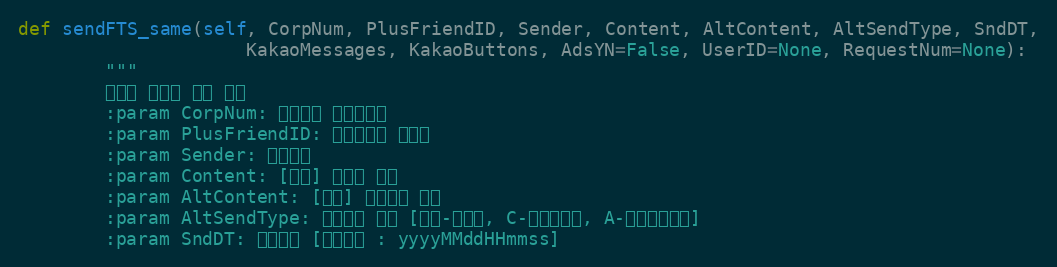
Language: Python
def sendFTS_same(self, CorpNum, PlusFriendID, Sender, Content, AltContent, AltSendType, SndDT,
                     KakaoMessages, KakaoButtons, AdsYN=False, UserID=None, RequestNum=None):
        """
        친구톡 텍스트 대량 전송
        :param CorpNum: 팝빌회원 사업자번호
        :param PlusFriendID: 플러스친구 아이디
        :param Sender: 발신번호
        :param Content: [동보] 친구톡 내용
        :param AltContent: [동보] 대체문자 내용
        :param AltSendType: 대체문자 유형 [공백-미전송, C-알림톡내용, A-대체문자내용]
        :param SndDT: 예약일시 [작성형식 : yyyyMMddHHmmss]